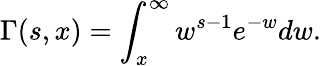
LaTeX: \Gamma(s,x)=\int_{x}^{\infty}w^{s-1}e^{-w}dw.